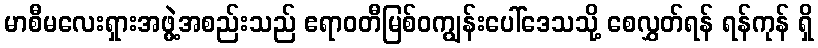
မာစီမလေးရှားအဖွဲ့အစည်းသည် ဧရာဝတီမြစ်ဝကျွန်းပေါ်ဒေသသို့ စေလွှတ်ရန် ရန်ကုန် ရှိ